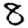
Digit: 8